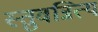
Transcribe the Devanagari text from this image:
स्तुवन्नित्यं